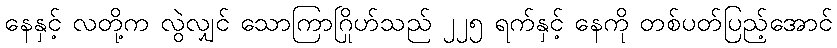
နေနှင့် လတို့က လွဲလျှင် သောကြာဂြိုဟ်သည် ၂၂၅ ရက်နှင့် နေကို တစ်ပတ်ပြည့်အောင်